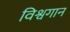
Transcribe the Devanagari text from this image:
विश्वगान